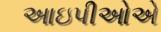
આઇપીઓએ